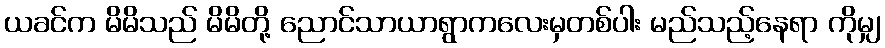
ယခင်က မိမိသည် မိမိတို့ ညောင်သာယာရွာကလေးမှတစ်ပါး မည်သည့်နေရာ ကိုမျှ